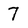
Character: 7